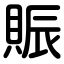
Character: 賑